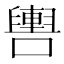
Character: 𲄻